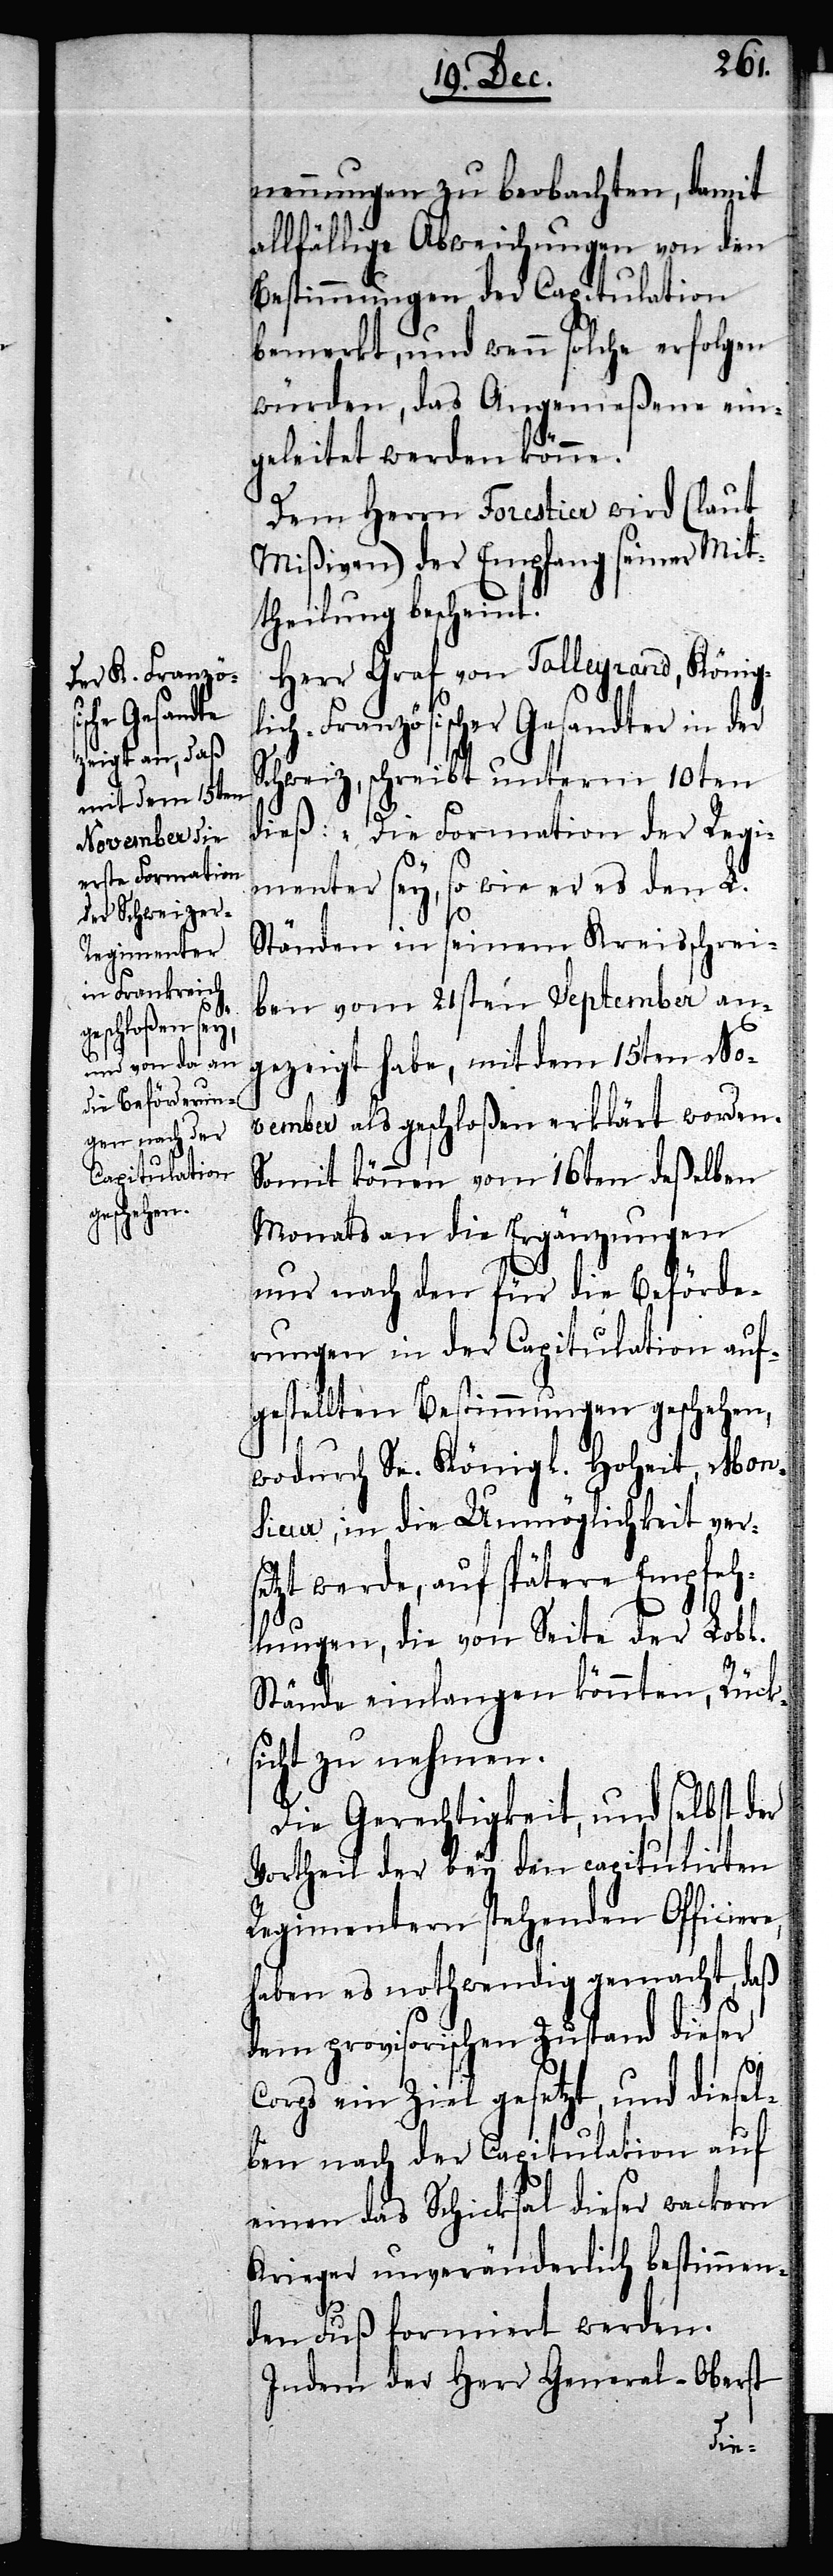
nennung zu beobachten, damit
allfällige Abweichungen von den
Bestimmungen der Capitulation
bemerkt, und wenn solche erfolgen
würden, das Angemeßene ein¬
geleitet werden könne.
Dem Herrn Forestier wird (laut
Mißiven) der Empfang seiner Mit¬
theilung bescheint.
Herr Graf von Talleyrand, König¬
lich-Französischer Gesandter in der
Schweiz, schreibt unterm 10ten
dieß: „Die Formation der Regi¬
menter sey, so wie er es den L.
Ständen in seinem Kreisschrei¬
ben vom 21sten September an¬
gezeigt habe, mit dem 15ten No¬
vember als geschloßen erklärt worden.
Somit können vom 16ten deßelben
Monats an die Ergänzungen
nur nach den für die Beförde¬
rungen in der Capitulation auf¬
gestellten Bestimmungen geschehen,
wodurch Se. Königl. Hoheit, Mon¬
sieur, in die Unmöglichkeit ver¬
setzt werde, auf spätere Empfeh¬
lungen, die von Seite der Lobl.
Stände einlangen könnten, Rück¬
sicht zu nehmen.
Die Gerechtigkeit, und selbst der
Vortheil der bey den capitulirten
Regimentern stehenden Officiere,
haben es nothwendig gemacht, daß
dem provisorischen Zustand dieser
Corps ein Ziel gesetzt, und diesel¬
ben nach der Capitulation auf
einen das Schicksal dieser Wackern
Krieger unveränderlich bestimmen¬
den Fuß formiert werden.
Indem der Herr General-Oberst